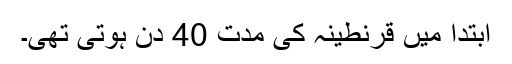
ابتدا میں قرنطینہ کی مدت 40 دن ہوتی تھی۔